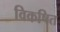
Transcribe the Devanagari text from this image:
विकषित